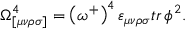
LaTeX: \Omega _ { [ \mu \nu \rho \sigma ] } ^ { 4 } = \left( \omega ^ { + } \right) ^ { 4 } \varepsilon _ { \mu \nu \rho \sigma } t r \, \phi ^ { 2 } .